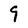
Character: 9